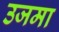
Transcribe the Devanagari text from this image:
उजमा